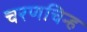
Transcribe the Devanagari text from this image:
चरणचिन्ह